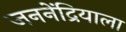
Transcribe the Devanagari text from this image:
जननेंद्रियाला